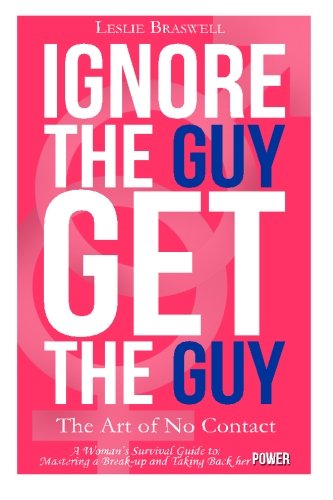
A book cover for Ignore the Guy, Get the Guy - The Art of No Contact: A Woman's Survival Guide to Mastering a Breakup and Taking Back Her Power; Leslie Braswell; Self-Help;